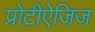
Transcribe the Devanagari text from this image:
प्रोटीऐजिज